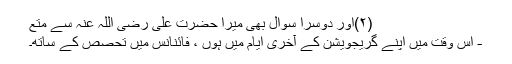
(۲)اور دوسرا سوال بھی میرا حضرت علی رضی اللہ عنہ سے متع
- اس وقت میں اپنے گریجویشن کے آخری ایام میں ہوں ، فائنانس میں تحصص کے ساتھ۔